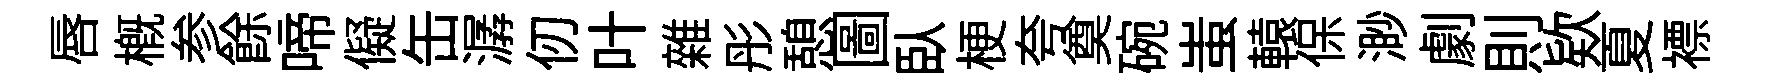
唇槪参餘啼儗缶潺仞叶雜彤憩圖臥梗夸奠碗蚩轅保渺劇則欵夏褾